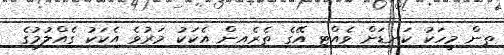
ތިން މީހަކު ކަނޑަށް ވެއްޓި އޭގެ ތެރެއިން އެކަކު މަރުވެ އެކަކު ގެއްލުމުގެ